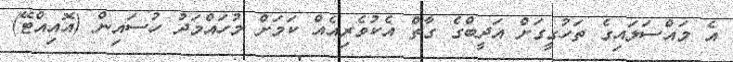
އެ މައްސަލައިގެ ތަހުގީގަށް އަދީބްގެ ގާތް އެކުވެރިއެއް ކަމަށް މުހައްމަދު ހުސައިން (އޮއިއްޓޭ)